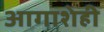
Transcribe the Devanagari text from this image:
आगाशेही